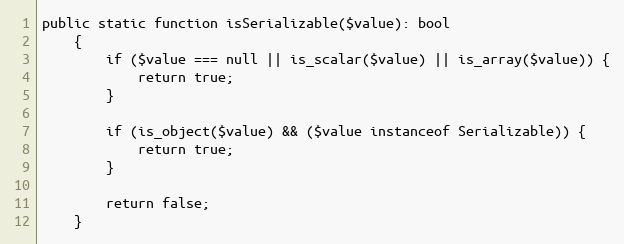
Language: PHP
public static function isSerializable($value): bool
    {
        if ($value === null || is_scalar($value) || is_array($value)) {
            return true;
        }

        if (is_object($value) && ($value instanceof Serializable)) {
            return true;
        }

        return false;
    }